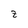
Character: z